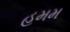
હમમ